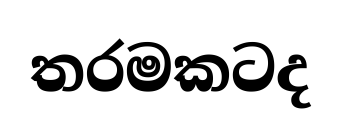
තරමකටද